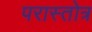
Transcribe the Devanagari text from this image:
परास्तोत्र